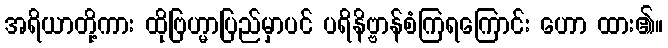
အရိယာတို့ကား ထိုဗြဟ္မာပြည်မှာပင် ပရိနိဗ္ဗာန်စံကြရကြောင်း ဟော ထား၏။